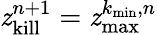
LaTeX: \mathit{z}_{\mathrm{{kill}}}^{n+1}=\mathit{z}_{\mathrm{{max}}}^{k_{\mathrm{{min}}},n}